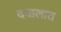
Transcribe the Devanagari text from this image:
दवालात